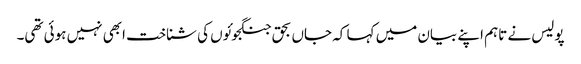
پولیس نے تاہم اپنے بیان میں کہا کہ جاں بحق جنگجوئوں کی شناخت ابھی نہیں ہوئی تھی۔